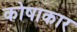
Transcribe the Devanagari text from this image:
कोषाकार